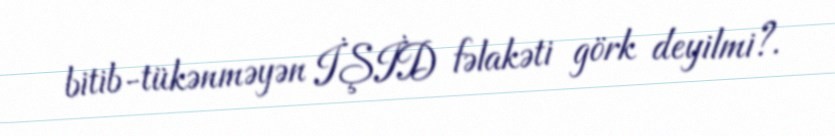
bitib-tükənməyən İŞİD fəlakəti görk deyilmi?.